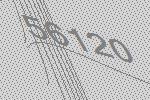
56120